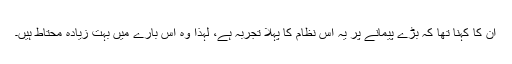
ان کا کہنا تھا کہ بڑے پیمانے پر یہ اس نظام کا پہلا تجربہ ہے، لہذا وہ اس بارے میں بہت زیادہ محتاط ہیں۔